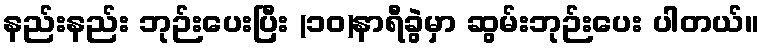
နည်းနည်း ဘုဉ်းပေးပြီး (၁၀)နာရီခွဲမှာ ဆွမ်းဘုဉ်းပေး ပါတယ်။